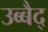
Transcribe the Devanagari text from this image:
उब्बैद्